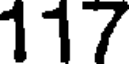
117